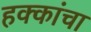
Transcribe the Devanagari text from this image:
हक्‍कांचा